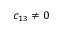
c _ { 1 3 } \neq 0